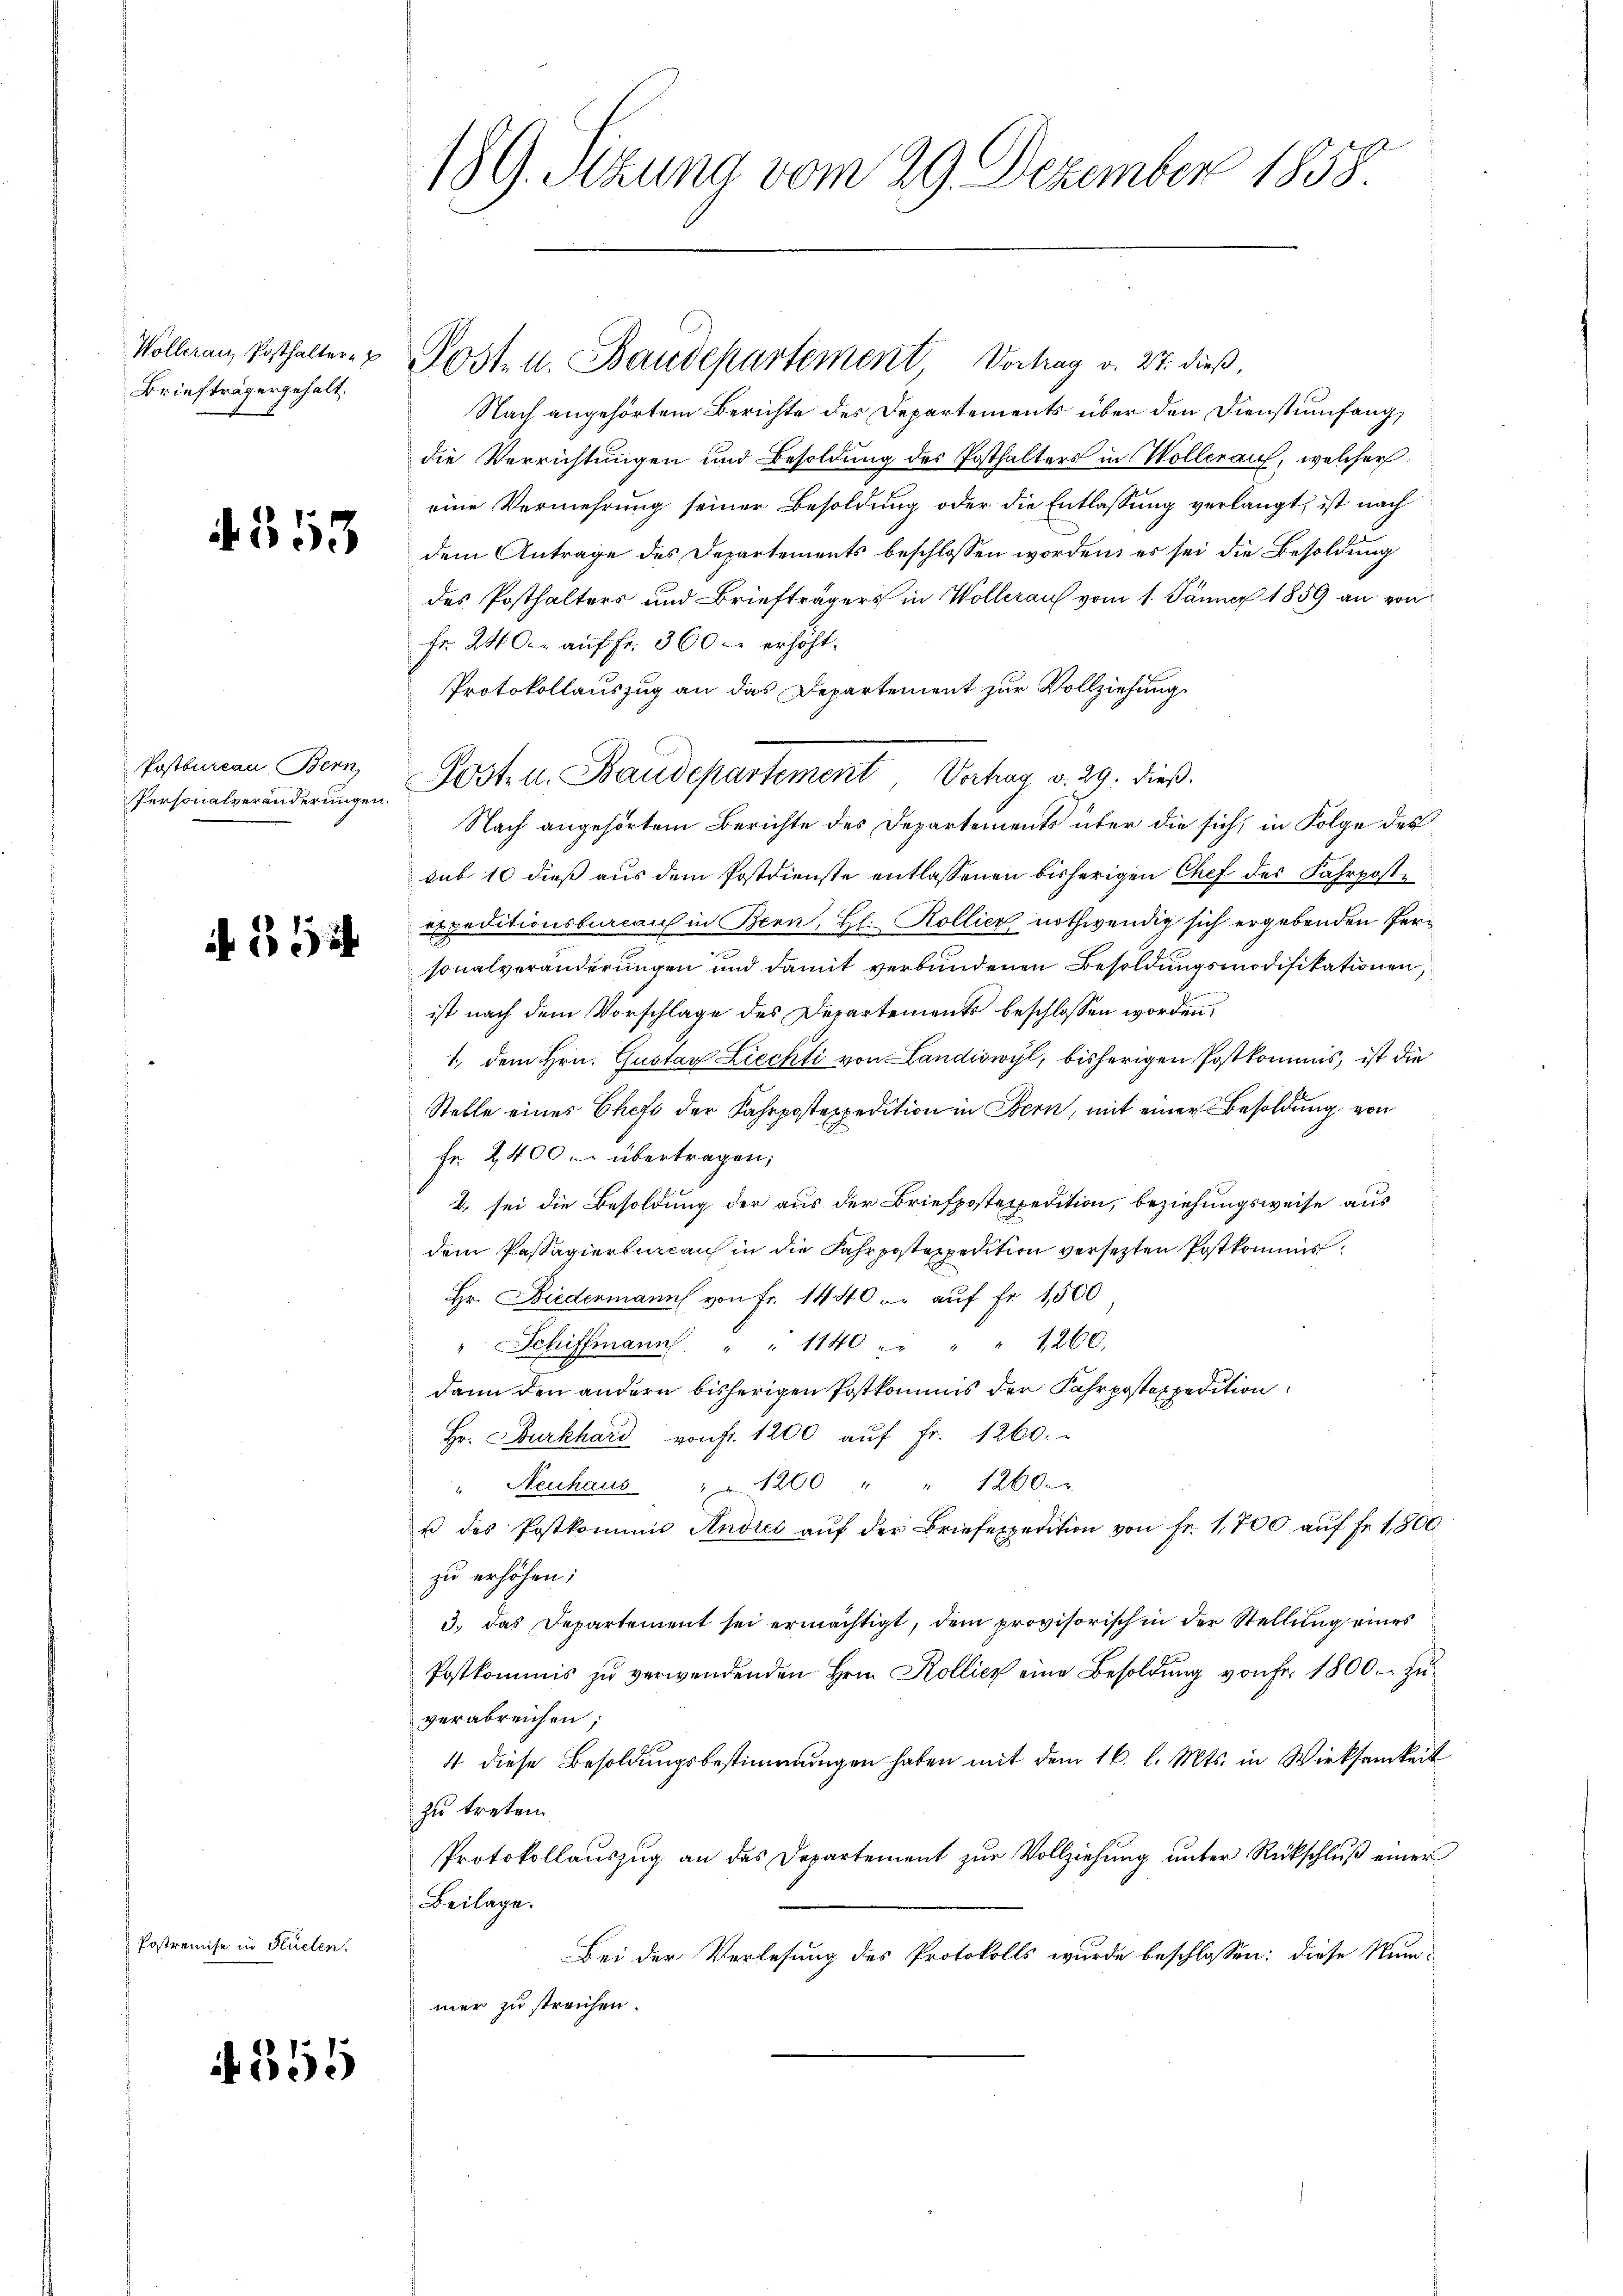
Briefträgergehalt.

4. 553

Postbureau, Bern
Personalveränderungen.

f 55 x

Postremise in Küelen.

A 355

189. Sizung vom 29. Dezember 1858

Nach angehörtem Berichte des Departements über den Dienstumfang,
die Verrichtungen und Besoldung des Posthalters in Wollerauf, welcher
eine Vermehrung seiner Besoldung oder die Entlassung verlangt, ist nach
dem Antrage des Departements beschlossen worden; es sei die Besoldung
des Posthalters und Briefträgers in Wollerauf vom 1. Jänner 1859 an von
fr. 24 der auf Fr. 360 c. erhöht.
Protokollauszug an das Departement zur Vollziehung
Nach angehörtem Berichte des Departements über die sich, in Folge des
sub 10 dieß aus dem Postdienste entlassenen bisherigen Chef des Fahrpostexpeditionsbureaus in Bern, Hl. Kollier nothwendig sich ergebenden Personalveränderungen und damit verbundenen Besoldungsmodifikationen,
ist nach dem Vorschlage des Departements beschlossen worden,
1., dem Hrn. Gustav Liechti von Landiswyl, bisherigen Postkommis, ist die
Stelle eines Chefs der Fahrpostexpedition in Bern, mit einer Besoldung von
Fr. 2400 u. übertragen;
2) sei die Besoldung der aus der Briefpostexpedition, beziehungsweise aus
dem Passagierbureau in die Fahrpostexpedition versetzten Postkommis¬
Hr. Biedenmann von Fr. 1440 er auf Fr. 1500
" Schiffmann. " " 1140 " " " 1260.
dann den andern bisherigen Postkommis der Fahrpostexpedition
Hr. Burkhard von fr. 1200 aŭf Fr. 1260.
" Neuhaus " 1200 " " 1260.
u des Postkommis Andres aŭf der Briefexpedition von Fr. 1,700 auf Fr. 1,800
zu erhöhen;
3. das Departement sei ermächtigt, dem provisorisch in der Stellŭng eines
Postkommis zŭ verwendenden Hrn. Kollier eine Besoldŭng von Fr. 1800. zŭ-
verabreichen;
4 diese Besoldungsbestimmungen haben mit dem 16. l. Mts. in Wirksamkeit
zu treten
Protokollaŭszŭg an des Departement zŭr Vollziehŭng ŭnter Rückschlŭβ einer
Beilage.
Bei der Verlesung des Protokolls wurde beschlossen: diese Num-
mer zu streichen.

Wollerau, Posthalter- u Post- u. Baudepartement Vortrag v. 27. dieß,

Post- u. Baudepartement, Verhag v. 29. dieß